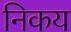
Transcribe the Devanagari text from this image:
निकय